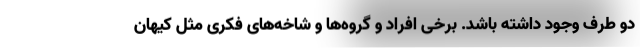
دو طرف وجود داشته باشد. برخی افراد و گروه‌ها و شاخه‌های فکری مثل کیهان